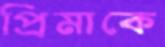
প্রিমাকে